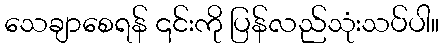
သေချာစေရန် ၎င်းကို ပြန်လည်သုံးသပ်ပါ။